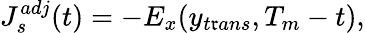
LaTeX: J_{s}^{adj}(t)=-E_{x}(y_{t\mathfrak{r}ans},T_{m}-t),